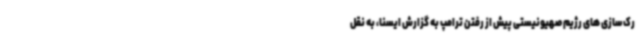
رک‌سازی های رژیم صهیونیستی پیش از رفتن ترامپ به گزارش ایسنا، به نقل